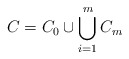
\begin{align*} C=C_0\cup \bigcup_{i=1}^m C_m \end{align*}